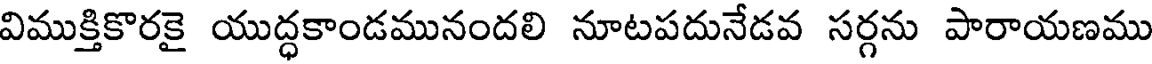
విముక్తికొరకై యుద్ధకాండమునందలి నూటపదునేడవ సర్గను పారాయణము